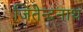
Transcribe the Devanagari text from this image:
जितेन्द्रनाथ